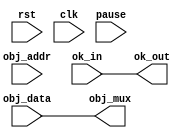
// This program was cloned from: https://github.com/atrac17/Toaplan2
// License: GNU General Public License v3.0

/*  This file is part of JTFRAME.
    JTFRAME program is free software: you can redistribute it and/or modify
    it under the terms of the GNU General Public License as published by
    the Free Software Foundation, either version 3 of the License, or
    (at your option) any later version.

    JTFRAME program is distributed in the hope that it will be useful,
    but WITHOUT ANY WARRANTY; without even the implied warranty of
    MERCHANTABILITY or FITNESS FOR A PARTICULAR PURPOSE.  See the
    GNU General Public License for more details.

    You should have received a copy of the GNU General Public License
    along with JTFRAME.  If not, see <http://www.gnu.org/licenses/>.

    Author: Jose Tejada Gomez. Twitter: @topapate
    Version: 1.0
    Date: 20-2-2019 */


module jtframe_avatar #(parameter AW=13)(
    input             rst,
    input             clk,
    input             pause,
    input    [AW-1:0] obj_addr,
    input      [15:0] obj_data,
    input             ok_in,
    output reg        ok_out,
    output reg [15:0] obj_mux
);

`ifdef JTFRAME_AVATARS
    // Alternative Objects during pause for MiSTer
    wire [15:0] avatar_data;
    jtframe_ram #(.dw(16), .aw(AW), .synfile("avatar.hex"),.cen_rd(1)) u_avatars(
        .clk    ( clk            ),
        .cen    ( pause          ),  // tiny power saving when not in pause
        .data   ( 16'd0          ),
        .addr   ( obj_addr       ),
        .we     ( 1'b0           ),
        .q      ( avatar_data    )
    );
    always @(posedge clk) begin
        obj_mux <= pause ? avatar_data : obj_data;
        ok_out  <= ok_in;
    end
`else
    // Let the real data go through
    always @(*) begin
        obj_mux = obj_data;
        ok_out  = ok_in;
    end
`endif

endmodule